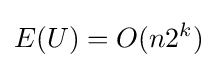
E(U)=O(n2^{k})